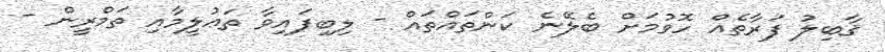
ޤާބިލު ފަރާތެއް ހޮވުމަށް ބެލޭނެ ކަންތައްތައް - ލިބިފައިވާ ތަޢުލީމާއި ތަމްރީން -